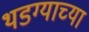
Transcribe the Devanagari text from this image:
थडग्याच्या